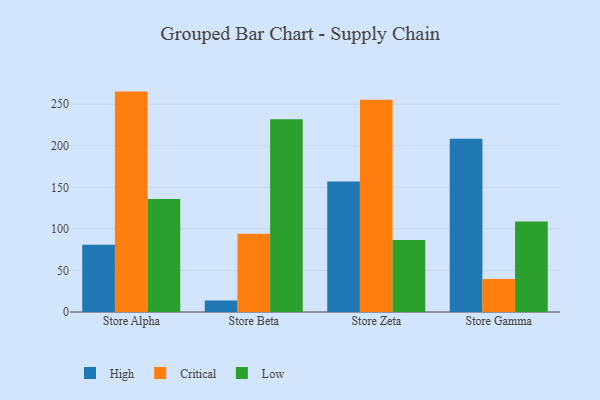
{"axis": {"x": "Store", "y": "Revenue (USD Million)"}, "legend": ["Critical", "High", "Low"], "data": [{"x": "Store Alpha", "y": 81.0, "type": "High"}, {"x": "Store Alpha", "y": 265.2, "type": "Critical"}, {"x": "Store Alpha", "y": 136.0, "type": "Low"}, {"x": "Store Beta", "y": 13.9, "type": "High"}, {"x": "Store Beta", "y": 94.1, "type": "Critical"}, {"x": "Store Beta", "y": 232.0, "type": "Low"}, {"x": "Store Zeta", "y": 157.0, "type": "High"}, {"x": "Store Zeta", "y": 255.3, "type": "Critical"}, {"x": "Store Zeta", "y": 86.6, "type": "Low"}, {"x": "Store Gamma", "y": 208.5, "type": "High"}, {"x": "Store Gamma", "y": 39.7, "type": "Critical"}, {"x": "Store Gamma", "y": 109.0, "type": "Low"}]}